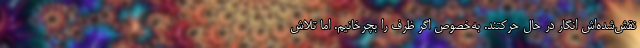
نقش‌شده‌اش انگار در حال حرکتند. به‌خصوص اگر ظرف را بچرخانیم. اما تلاش